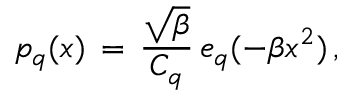
p _ { q } ( x ) \, = \, \frac { \sqrt { \beta } } { C _ { q } } \, e _ { q } ( - \beta x ^ { 2 } ) \, ,